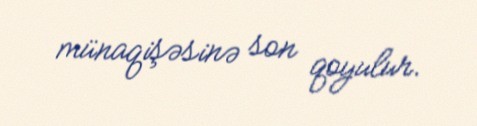
münaqişəsinə son qoyulur.